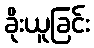
ခိုးယူခြင်း